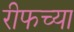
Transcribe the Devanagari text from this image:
रीफच्या